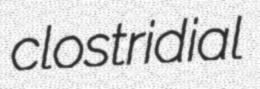
clostridial